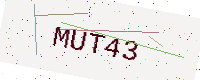
Text: MUT43